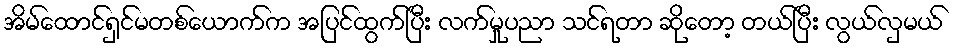
အိမ်ထောင်ရှင်မတစ်ယောက်က အပြင်ထွက်ပြီး လက်မှုပညာ သင်ရတာ ဆိုတော့ တယ်ပြီး လွယ်လှမယ်